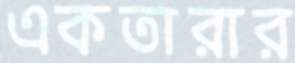
একতারার